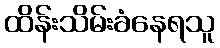
ထိန်းသိမ်းခံနေရသူ